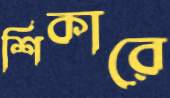
শিকারে